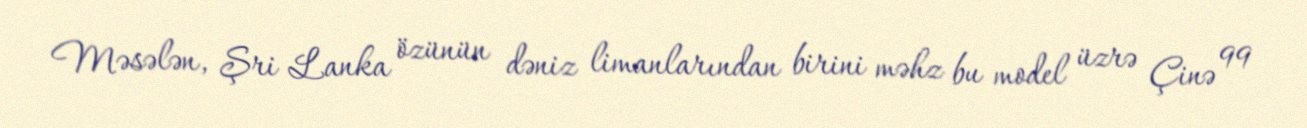
Məsələn, Şri Lanka özünün dəniz limanlarından birini məhz bu model üzrə Çinə 99